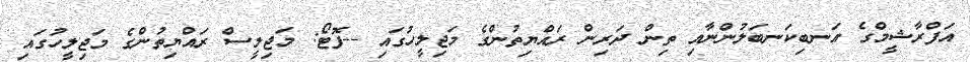
އަފްރާޝީމްގެ އަނބިކަނބަލުންނާއި ތިން ދަރިން ރައްޔިތުންގެ މަޖިލީހުގައި --ފޮޓޯ: މަޖިލީސް ރައްޔިތުންގެ މަޖިލީހުގައި